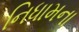
નિધામના